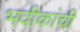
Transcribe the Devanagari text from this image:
भवीकांची